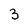
Character: 3